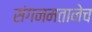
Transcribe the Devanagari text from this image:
संगनमतानेच